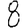
Digit: 8